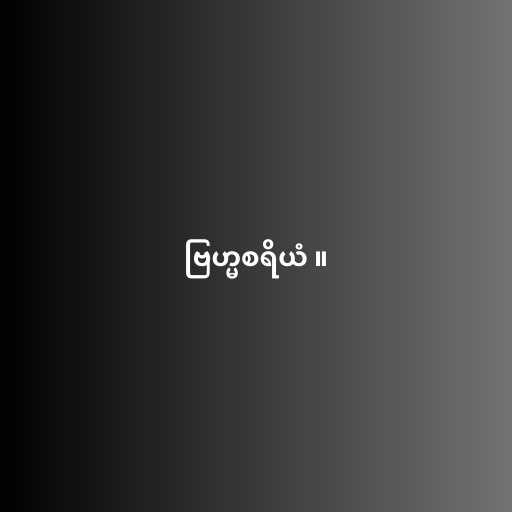
ဗြဟ္မစရိယံ ။